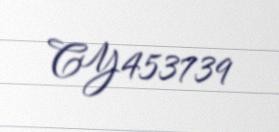
CY453739